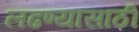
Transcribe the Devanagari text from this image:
लढण्यासाठीं